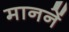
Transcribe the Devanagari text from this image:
माननें